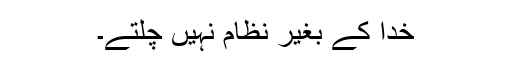
خدا کے بغیر نظام نہیں چلتے۔